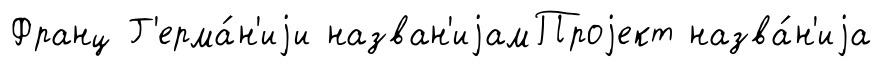
Франц Г'ерма́н'иjи назван'иjамПроjект назва́н'иjа